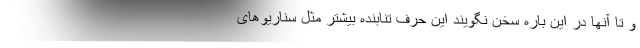
و تا آنها در این باره سخن نگویند این حرف تنابنده بیشتر مثل سناریوهای